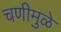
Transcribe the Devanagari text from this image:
चणीमुळे